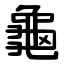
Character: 龜